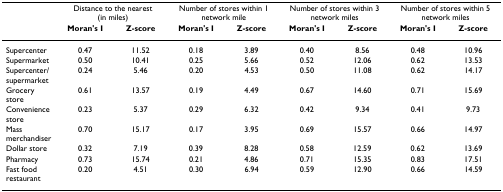
<table><thead><tr><td></td><td colspan="2"><b>Distance to the nearest (in miles)</b></td><td colspan="2"><b>Number of stores within 1 network mile</b></td><td colspan="2"><b>Number of stores within 3 network miles</b></td><td colspan="2"><b>Number of stores within 5 network miles</b></td></tr><tr><td></td><td><b>Moran&#x27;s I</b></td><td><b>Z-score</b></td><td><b>Moran&#x27;s I</b></td><td><b>Z-score</b></td><td><b>Moran&#x27;s I</b></td><td><b>Z-score</b></td><td><b>Moran&#x27;s I</b></td><td><b>Z-score</b></td></tr></thead><tbody><tr><td>Supercenter</td><td>0.47</td><td>11.52</td><td>0.18</td><td>3.89</td><td>0.40</td><td>8.56</td><td>0.48</td><td>10.96</td></tr><tr><td>Supermarket</td><td>0.50</td><td>10.41</td><td>0.25</td><td>5.66</td><td>0.52</td><td>12.06</td><td>0.62</td><td>13.53</td></tr><tr><td>Supercenter/supermarket</td><td>0.24</td><td>5.46</td><td>0.20</td><td>4.53</td><td>0.50</td><td>11.08</td><td>0.62</td><td>14.17</td></tr><tr><td>Grocery store</td><td>0.61</td><td>13.57</td><td>0.19</td><td>4.49</td><td>0.67</td><td>14.60</td><td>0.71</td><td>15.69</td></tr><tr><td>Convenience store</td><td>0.23</td><td>5.37</td><td>0.29</td><td>6.32</td><td>0.42</td><td>9.34</td><td>0.41</td><td>9.73</td></tr><tr><td>Mass merchandiser</td><td>0.70</td><td>15.17</td><td>0.17</td><td>3.95</td><td>0.69</td><td>15.57</td><td>0.66</td><td>14.97</td></tr><tr><td>Dollar store</td><td>0.32</td><td>7.19</td><td>0.39</td><td>8.28</td><td>0.58</td><td>12.59</td><td>0.62</td><td>13.69</td></tr><tr><td>Pharmacy</td><td>0.73</td><td>15.74</td><td>0.21</td><td>4.86</td><td>0.71</td><td>15.35</td><td>0.83</td><td>17.51</td></tr><tr><td>Fast food restaurant</td><td>0.20</td><td>4.51</td><td>0.30</td><td>6.94</td><td>0.59</td><td>12.90</td><td>0.66</td><td>14.59</td></tr></tbody></table>